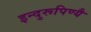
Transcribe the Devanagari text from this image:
इन्दुरूपिण्यै